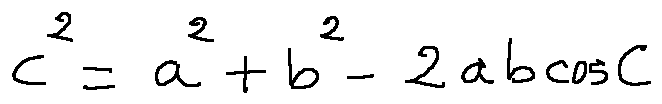
c ^ { 2 } = a ^ { 2 } + b ^ { 2 } - 2 a b \cos C